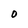
Character: D